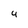
Character: 4